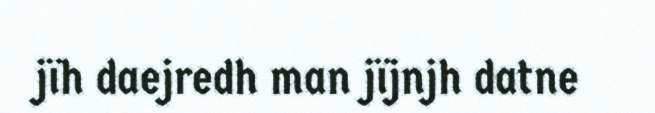
jïh daejredh man jïjnjh datne